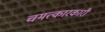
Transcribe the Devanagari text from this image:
चमत्कारकारी